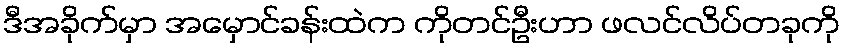
ဒီအခိုက်မှာ အမှောင်ခန်းထဲက ကိုတင်ဦးဟာ ဖလင်လိပ်တခုကို